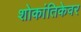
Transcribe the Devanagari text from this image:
शोकांतिकेवर